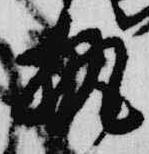
執